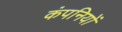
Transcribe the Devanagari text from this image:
कंपनियों